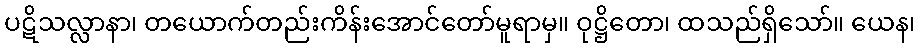
ပဋိသလ္လာနာ၊ တယောက်တည်းကိန်းအောင်တော်မူရာမှ။ ဝုဋ္ဌိတော၊ ထသည်ရှိသော်။ ယေန၊